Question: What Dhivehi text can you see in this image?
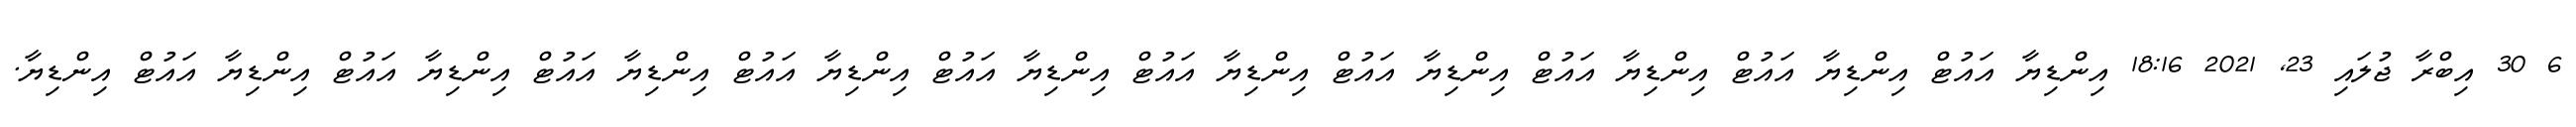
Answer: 6 30 އިބްރާ ޖުލައި 23, 2021 18:16 އިންޑިޔާ އައުޓް އިންޑިޔާ އައުޓް އިންޑިޔާ އައުޓް އިންޑިޔާ އައުޓް އިންޑިޔާ އައުޓް އިންޑިޔާ އައުޓް އިންޑިޔާ އައުޓް އިންޑިޔާ އައުޓް އިންޑިޔާ އައުޓް އިންޑިޔާ އައުޓް އިންޑިޔާ.